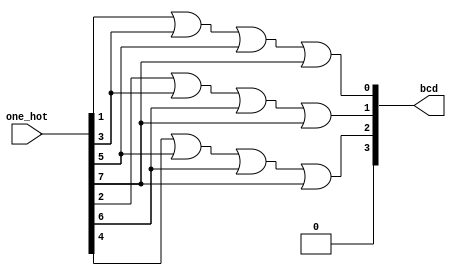
`timescale 1ns / 1ps

// convet number from one hot (8bit) to BCD
// example: 00010000 (4) -> 0100 (4)
module one_hot_to_bcd(input [7:0] one_hot, output [3:0] bcd);
  assign bcd[0] = one_hot[1] | one_hot[3] | one_hot[5] | one_hot[7];
  assign bcd[1] = one_hot[2] | one_hot[3] | one_hot[6] | one_hot[7];
  assign bcd[2] = one_hot[4] | one_hot[5] | one_hot[6] | one_hot[7];
  assign bcd[3] = 0;
endmodule